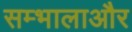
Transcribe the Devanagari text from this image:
सम्भालाऔर